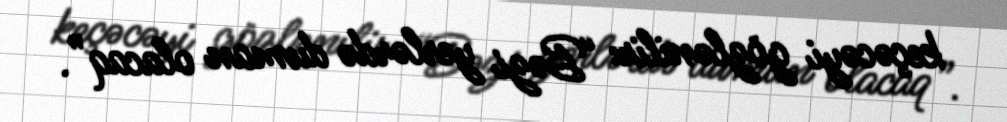
keçəcəyi gözlənilir: “Bəzi yerlərdə duman olacaq”.